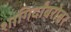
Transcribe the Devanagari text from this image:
शागिर्दांबरोबर